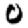
Digit: 0